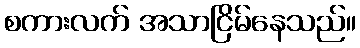
စကားလက် အသာငြိမ်နေသည်။